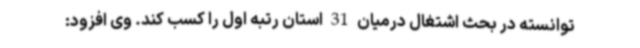
توانسته در بحث اشتغال درمیان 31 استان رتبه اول را کسب کند. وی افزود: